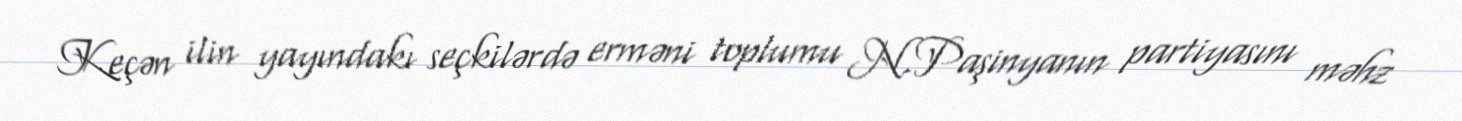
Keçən ilin yayındakı seçkilərdə erməni toplumu N.Paşinyanın partiyasını məhz